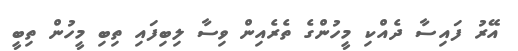
އޭރު ފައިސާ ދެއްކި މީހުންގެ ތެރެއިން ވިސާ ލިބިފައި ތިބި މީހުން ތިބީ